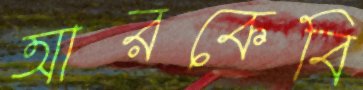
আরকেবি